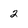
Character: 2